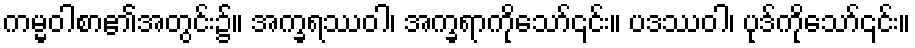
ကမ္မဝါစာ၏အတွင်း၌။ အက္ခရဿဝါ၊ အက္ခရာကိုသော်၎င်း။ ပဒဿဝါ၊ ပုဒ်ကိုသော်၎င်း။